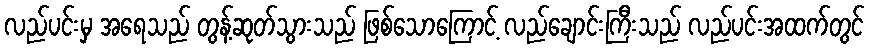
လည်ပင်းမှ အရေသည် တွန့်ဆုတ်သွားသည် ဖြစ်သောကြောင့် လည်ချောင်းကြီးသည် လည်ပင်းအထက်တွင်